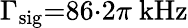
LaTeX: \Gamma_{\mathrm{sig}}{=}86{\cdot}2\pi\ \mathrm{kHz}